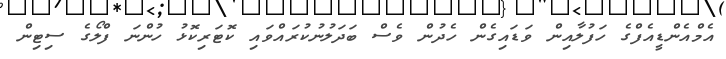
އެމްއެންޑީއެފްގެ ހަފުލާއިން ވަޑައިގެން ހެދުން ވެސް ބަދަލުނުކުރައްވައި ކޮޓަރިކޮޅު ހުންނަ ފްލޯގެ ސިޓިން